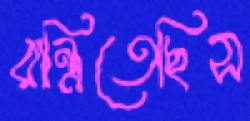
রান্ধিতেছিস